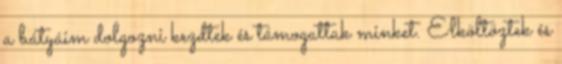
a bátyáim dolgozni kezdtek és támogattak minket. Elköltöztek és